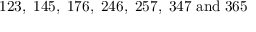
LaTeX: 1 2 3 , \; 1 4 5 , \; 1 7 6 , \; 2 4 6 , \; 2 5 7 , \; 3 4 7 \; \mathrm { a n d } \; 3 6 5